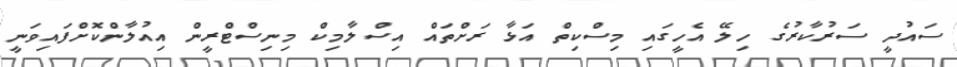
ސައުދީ ސަރުކާރުގެ ހިލޭ އެހީގައި މިސްކިތް އަޅާ ރަށްތައް އިސްލާމިކް މިނިސްޓްރީން އިއުލާންކޮށްފައިވަނީ